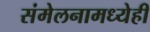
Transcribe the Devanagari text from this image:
संमेलनामध्येही